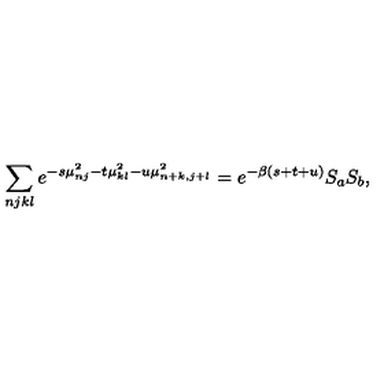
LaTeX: \sum _ { n j k l } e ^ { - s \mu _ { n j } ^ { 2 } - t \mu _ { k l } ^ { 2 } - u \mu _ { n + k , j + l } ^ { 2 } } = e ^ { - \beta ( s + t + u ) } S _ { a } S _ { b } ,